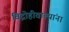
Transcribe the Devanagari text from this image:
विद्रोहीवाल्यांना